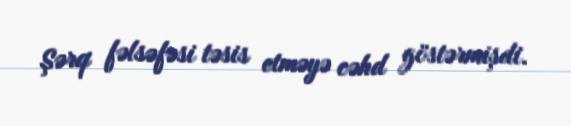
Şərq fəlsəfəsi təsis etməyə cəhd göstərmişdi.